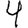
Digit: 4